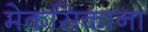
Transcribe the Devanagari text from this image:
मेकसिकाना